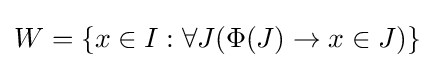
W=\{x\in I:\forall J(\Phi (J)\to x\in J)\}